Sketch of the medical history of the native army of Bombay, for the year
Year: 1872
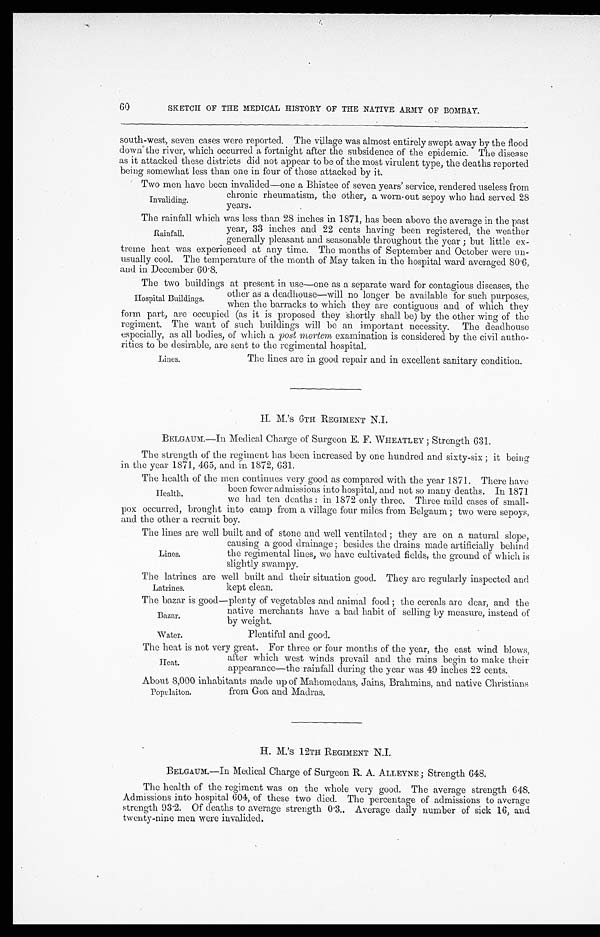
Latrines.
kept clean.
Water.
Plentiful and good.
60
SKETCH OF THE MEDICAL HISTORY OF THE NATIVE ARMY OF BOMBAY.
south-west, seven cases were reported. The village was almost entirely swept away by the flood
down the river, which occurred a fortnight after the subsidence of the epidemic. The disease
as it attacked these districts did not appear to be of the most virulent type, the deaths reported
being somewhat less than one in four of those attacked by it.
Two men have been invalided—one a Bhistee of seven years' service, rendered useless from
Invaliding.
chronic rheumatism, the other, a worn-out sepoy who had served 28
years.
The rainfall which was less than 28 inches in 1871, has been above the average in the past
Rainfall.
year, 33 inches and 22 cents having been registered, the weather
generally pleasant and seasonable throughout the year ; but little ex
-
treme heat was experienced at any time. The months of September and October were un
- u s u a l l y c o o l . T h e t e m p e r a t u r e o f t h e m o n t h o f M a y t a k e n i n t h e h o s p i t a l w a r d a v e r a g e d 8 0 . 6 ,
and in December 60.8.
The two buildings at present in use—one as a separate ward for contagious diseases, the
Hospital Buildings.
other as a deadhouse—will no longer be available for such purposes,
when the barracks to which they are contiguous and of which they
form part, are occupied (as it is proposed they shortly shall be) by the other wing of the
regiment. The want of such buildings will be an important necessity. The deadhouse
especially, as all bodies, of which a post mortem examination is considered by the civil autho
-rities to be desirable, are sent to the regimental hospital.
The lines arc in good repair and in excellent sanitary condition.
H. M. 's 6TH REGIMENT N.I.
BELGAUM.—In Medical Charge of Surgeon E. F. WHEATLEY ; Strength 631.
The strength of the regiment has been increased by one hundred and sixty-six ; it being
in the year 1871, 465, and in 1872, 631.
The health of the men continues very good as compared with the year 1871. There have
Lines.
Health.
been fewer admissions into hospital, and not so many deaths. In 1871
we had ten deaths : in 1872 only three. Three mild cases of small
-
pox occurred, brought into camp from a village four miles from Belgaum ; two were sepoys,
and the other a recruit boy.
The lines are well built and of stone and well ventilated ; they are on a natural slope,
causing a good drainage ; besides the drains made artificially behind
the regimental lines, we have cultivated fields, the ground of which is
slightly swampy.
The latrines are well built and their situation good. They are regularly inspected and
Lines.
The bazar is good—plenty of vegetables and animal food ; the cereals are dear, and the
native merchants have a bad habit of selling by measure, instead of
by weight.
Bazar.
The heat is not very great. For three or four months of the year, the east wind blows,
after which west winds prevail and the rains begin to make their
appearance—the rainfall during the year was 49 inches 22 cents.
About 8,000 inhabitants made up of Mahomedans. Jains, Brahmins, and native Christians
Heat.
Population.
from Goa and Madras.
H. M. 'S 12TH REGIMENT N.I.
BELGAUM.—In Medical Charge of Surgeon R. A. ALLEYNE; Strength 648,
The health of the regiment was on the whole very good. The average strength 648,
Admissions into hospital 604, of these two died. The percentage of admissions to average
strength 93.2. Of deaths to average strength 0.3.. Average daily number of sick 16, and
twenty-nine men were invalided.